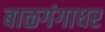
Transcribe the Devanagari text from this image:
बाळगंगाधर